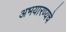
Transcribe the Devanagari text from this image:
अभयारण्यचे